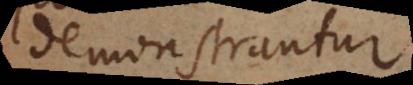
demonstrantur.